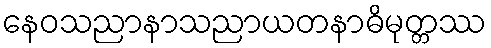
နေဝသညာနာသညာယတနာဓိမုတ္တဿ